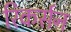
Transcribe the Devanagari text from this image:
रिकर्सन